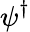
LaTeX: \psi^{\dagger}